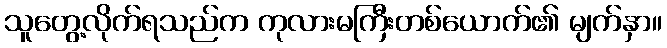
သူတွေ့လိုက်ရသည်က ကုလားမကြီးတစ်ယောက်၏ မျက်နှာ။